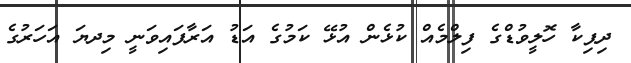
ދިޕިކާ ހޮލީވުޑްގެ ފިލްމެއް ކުޅެން އުޅޭ ކަމުގެ އަޑު އަރާފައިވަނީ މިދޔަ އަހަރުގެ